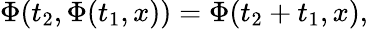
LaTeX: \Phi(t_{2},\Phi(t_{1},x))=\Phi(t_{2}+t_{1},x),